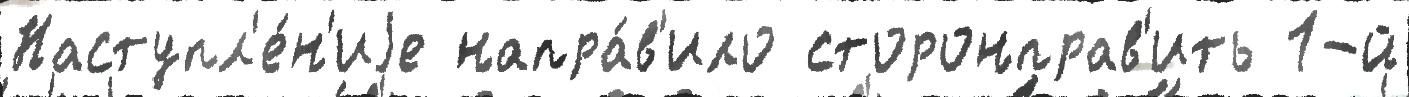
Наступл'е́н'иjе напра́в'ило сторонправ'ить 1-й